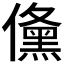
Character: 𭀉